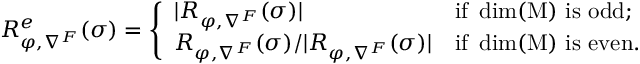
R _ { \varphi , \nabla ^ { F } } ^ { e } ( \sigma ) = \left\{ \begin{array} { l l } { | R _ { \varphi , \nabla ^ { F } } ( \sigma ) | } & { \mathrm { i f ~ \dim ( M ) ~ i s ~ o d d } ; } \\ { R _ { \varphi , \nabla ^ { F } } ( \sigma ) / | R _ { \varphi , \nabla ^ { F } } ( \sigma ) | } & { \mathrm { i f ~ \dim ( M ) ~ i s ~ e v e n } . } \end{array} \right.